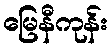
မြေနီကုန်း